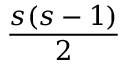
\frac { s ( s - 1 ) } { 2 }